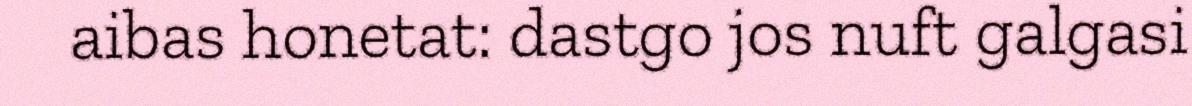
aibas honetat: dastgo jos nuft galgasi